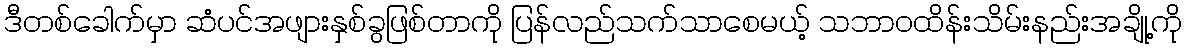
ဒီတစ်ခေါက်မှာ ဆံပင်အဖျားနှစ်ခွဖြစ်တာကို ပြန်လည်သက်သာစေမယ့် သဘာဝထိန်းသိမ်းနည်းအချို့ကို